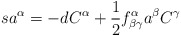
\begin{align*}sa^{\alpha }=-dC^{\alpha }+\frac{1}{2}f_{\beta \gamma }^{\alpha }a^{\beta}C^{\gamma }\end{align*}